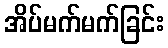
အိပ်မက်မက်ခြင်း